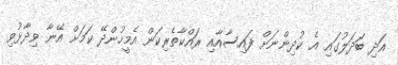
އަދި ބަދަލުގައި އެ ކުދިންނަށް ފައިސާއާއި ރައްކާތެރިކަން އެމީހުންދޭ ކަމަށް އޭނާ ވިދާޅުވި